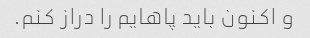
و اکنون باید پاهایم را دراز کنم.